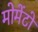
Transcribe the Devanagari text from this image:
मोमेंटो